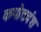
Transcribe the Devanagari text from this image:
कपोतवंश